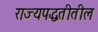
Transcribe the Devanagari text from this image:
राज्यपद्धतीतील